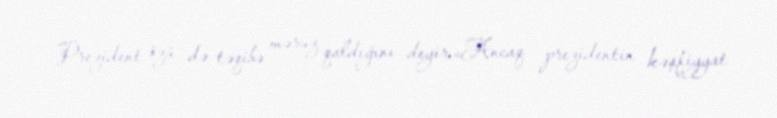
Prezident özü də təqibə məruz qaldığını deyir.«Ancaq prezidentin kəşfiyyat